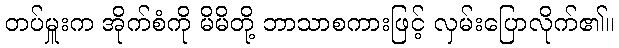
တပ်မှူးက အိုက်စံကို မိမိတို့ ဘာသာစကားဖြင့် လှမ်းပြောလိုက်၏။